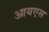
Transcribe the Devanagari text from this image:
आयएस